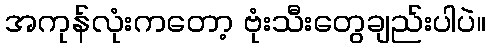
အကုန်လုံးကတော့ ဗုံးသီးတွေချည်းပါပဲ။